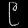
Digit: ၉